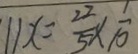
1 1 x = \frac { 2 2 } { 5 } \times \frac { 1 } { 1 0 }